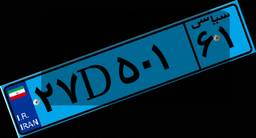
۲۷D۵۰۱۶۱